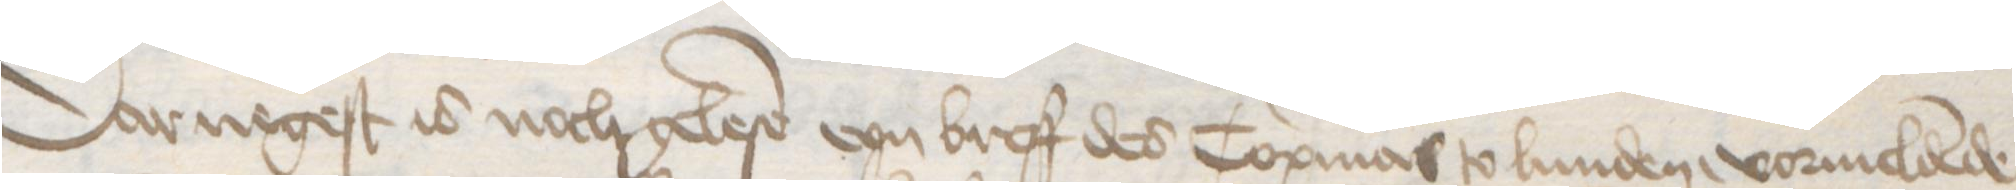
Darnegest is noch gelese eyn breff des Copmans to Lunden, vormeldende